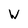
Character: w